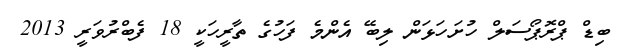
ބިޑް ޕްރޮޕޯސަލް ހުށަހަޅަން ލިބޭ އެންމެ ފަހުގެ ތާރީހަކީ 18 ފެބްރުވަރީ 2013